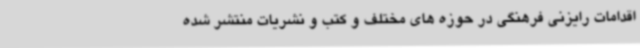
اقدامات رایزنی فرهنگی در حوزه های مختلف و کتب و نشریات منتشر شده